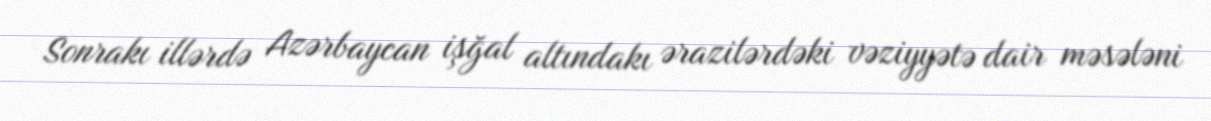
Sonrakı illərdə Azərbaycan işğal altındakı ərazilərdəki vəziyyətə dair məsələni